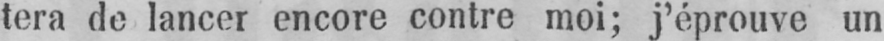
tera de lancer encore contre moi; j’éprouve un